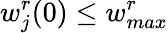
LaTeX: w_{j}^{r}(0)\leq w_{max}^{r}